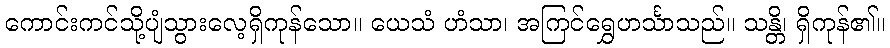
ကောင်းကင်သို့ပျံသွားလေ့ရှိကုန်သော။ ယေသံ ဟံသာ၊ အကြင်ရွှေဟင်္သာသည်။ သန္တိ၊ ရှိကုန်၏။